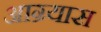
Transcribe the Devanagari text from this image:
आग्र्यास